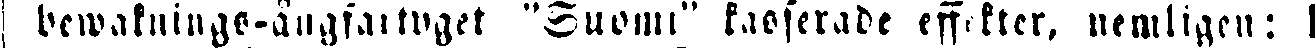
bewakninge-ångfartyget "Suomi" kasserade eff.kter, nemligen: I